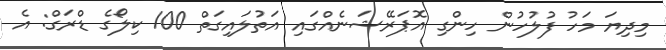
މިދިޔަ މަހު ފުލުހުން ހިންގި އޮޕަރޭޝަނެއްގައި އަތުލައިގަތް 100 ކިލޯގެ ޑްރަގް: އެ